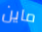
ماين